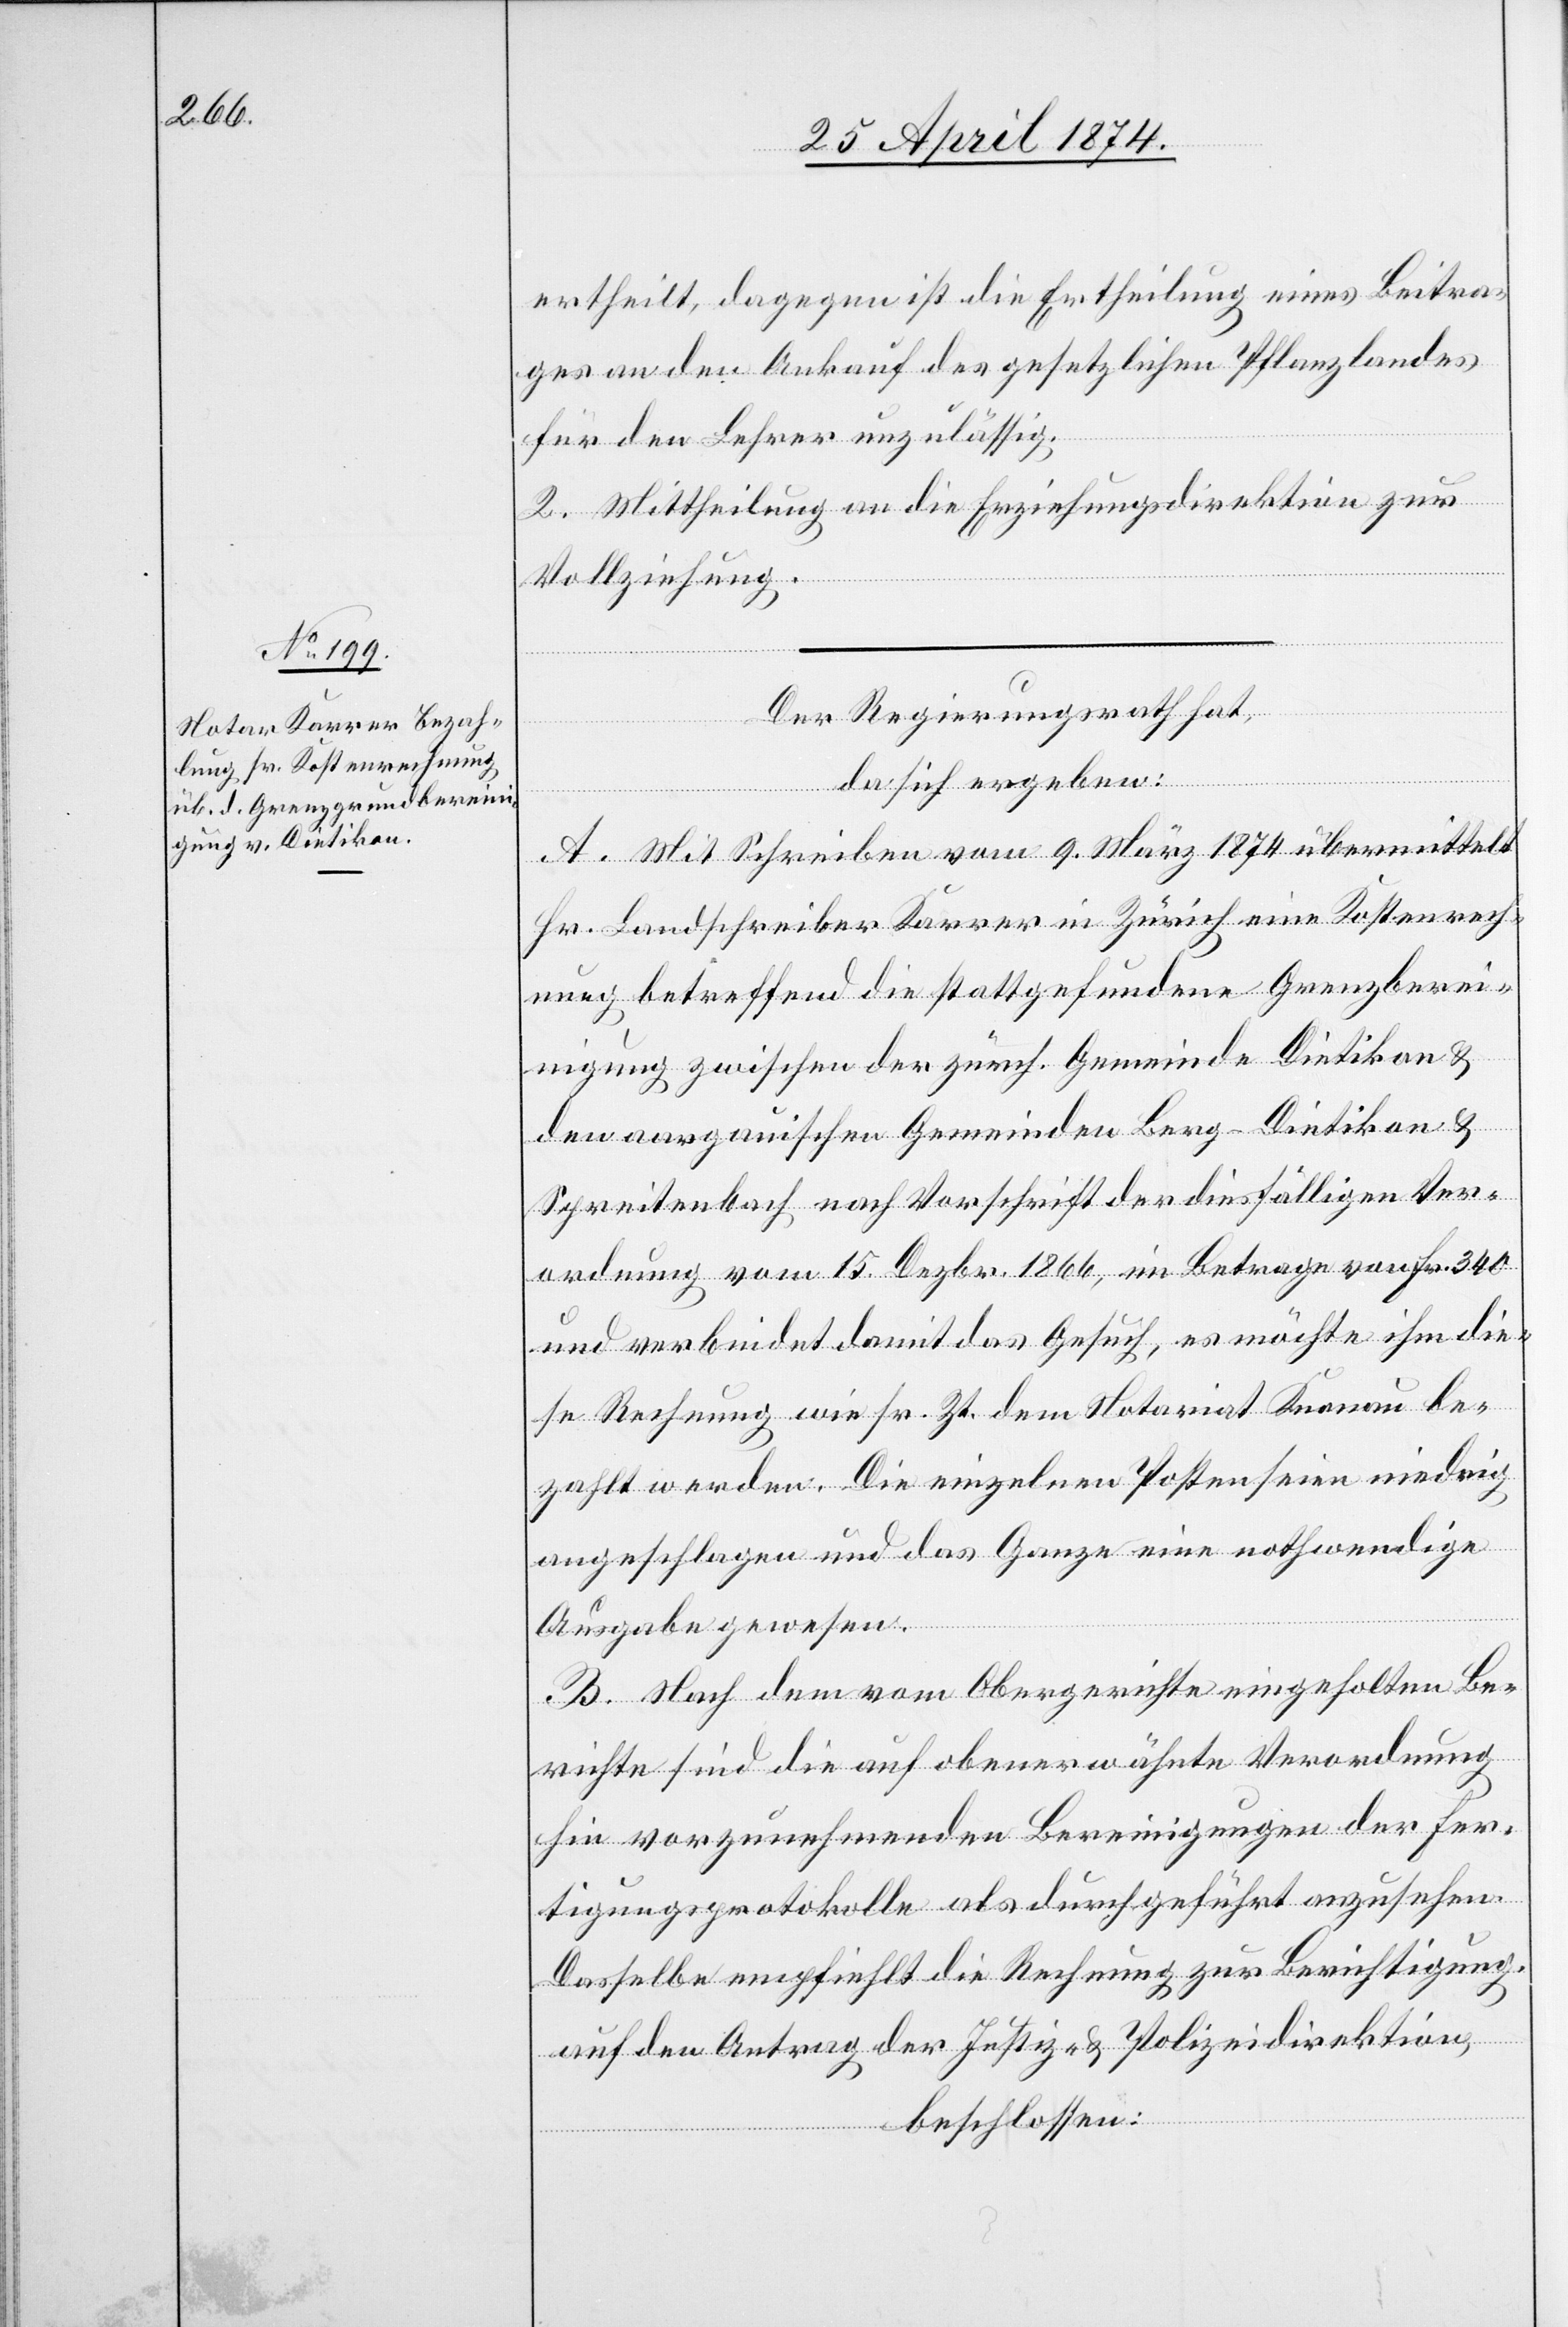
ertheilt, dagegen ist die Ertheilung eines Beitra¬
ges an den Ankauf des gesetzlichen Pflanzlandes
für den Lehrer unzulässig.
2. Mittheilung an die Erziehungsdirektion zur
Vollziehung.
Der Regierungsrath hat,
da sich ergeben:
A. Mit Schreiben vom 9. März 1874 übermittelt
Hr. Landschreiber Karrer in Zürich eine Kostenrech¬
nung betreffend die stattgefundene Grenzbere¬
inigung zwischen der zürch. Gemeinde Dietikon u.
den aargauischen Gemeinden Berg-Dietikon u.
Spreitenbach nach Vorschrift der diesfälligen Ver¬
ordnung vom 15. Dezbr. 1866, im Betrage von Fr. 340
und verbindet damit das Gesuch, es möchte ihm die¬
se Rechnung wie sr. Zt. dem Notariat Knonau be¬
zahlt werden. Die einzelnen Posten seien niedrig
angeschlagen und das Ganze eine nothwendige
Ausgabe gewesen.
B. Nach dem vom Obergerichte eingeholten Be¬
richte sind die auf obenerwähnte Verordnung
hin vorzunehmenden Bereinigungen der Fer¬
tigungsprotokolle als durchgeführt anzusehen.
Dasselbe empfiehlt die Rechnung zur Berichtigung
auf den Antrag der Justiz- u. Polizeidirektion,
beschlossen: